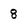
Character: 8